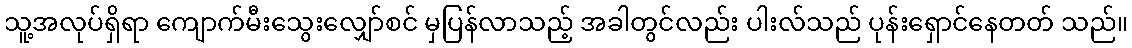
သူ့အလုပ်ရှိရာ ကျောက်မီးသွေးလျှော်စင် မှပြန်လာသည့် အခါတွင်လည်း ပါးလ်သည် ပုန်းရှောင်နေတတ် သည်။